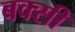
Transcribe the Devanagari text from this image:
बक्सी